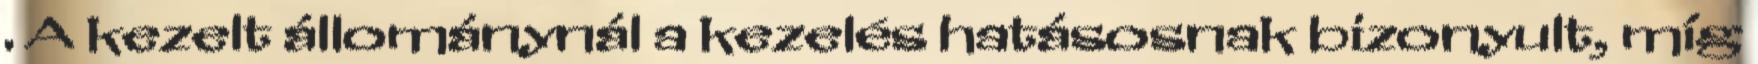
. A kezelt állománynál a kezelés hatásosnak bizonyult, míg